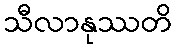
သီလာနုဿတိ